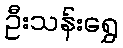
ဦးသန်းရွှေ